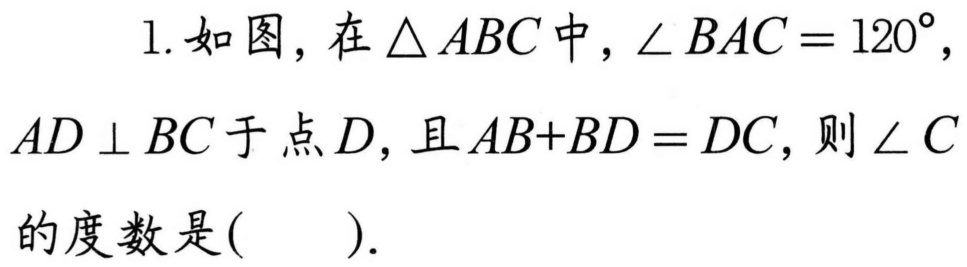
1. 如图，在\(\triangle ABC\)中，\(\angle BAC = 120^{\circ}\)，\(AD\perp BC\)于点\(D\)，且\(AB + BD=DC\)，则\(\angle C\)的度数是( ).